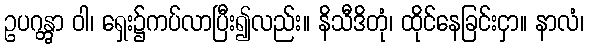
ဥပဂန္တွာ ဝါ၊ ရှေး၌ကပ်လာပြီး၍လည်း။ နိသီဒိတုံ၊ ထိုင်နေခြင်းငှာ။ နာလံ၊